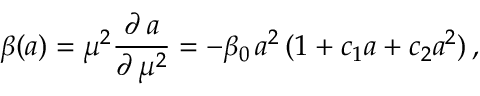
\beta ( a ) = \mu ^ { 2 } \frac { \partial \, a } { \partial \, \mu ^ { 2 } } = - \beta _ { 0 } \, a ^ { 2 } \, ( 1 + c _ { 1 } a + c _ { 2 } a ^ { 2 } ) \, ,